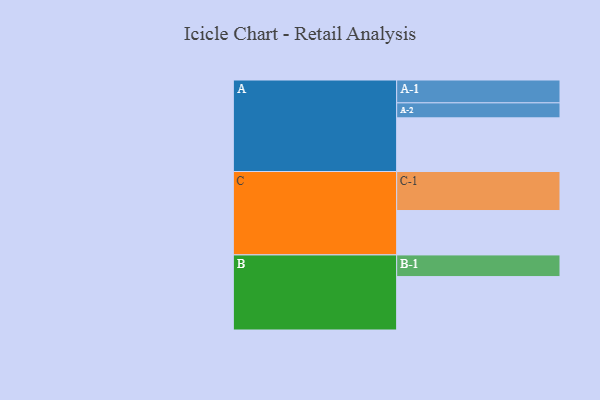
{"axis": {"x": "Segment", "y": "Value"}, "legend": ["", "A", "B", "C"], "data": [{"x": "A", "y": 411, "type": ""}, {"x": "B", "y": 409, "type": ""}, {"x": "C", "y": 340, "type": ""}, {"x": "A-1", "y": 175, "type": "A"}, {"x": "A-2", "y": 115, "type": "A"}, {"x": "B-1", "y": 166, "type": "B"}, {"x": "C-1", "y": 299, "type": "C"}]}